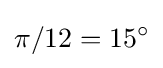
\pi /12=15^{\circ }